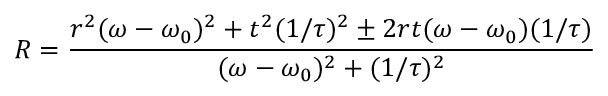
R = \frac { r ^ { 2 } ( \omega - \omega _ { 0 } ) ^ { 2 } + t ^ { 2 } ( 1 / \tau ) ^ { 2 } \pm 2 r t ( \omega - \omega _ { 0 } ) ( 1 / \tau ) } { ( \omega - \omega _ { 0 } ) ^ { 2 } + ( 1 / \tau ) ^ { 2 } }